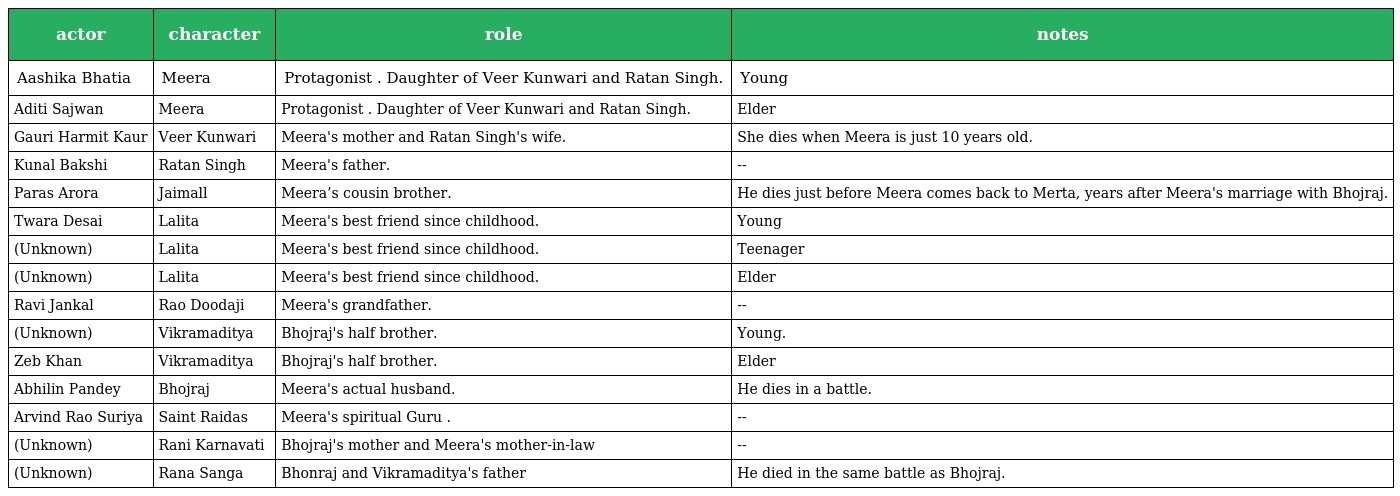
| actor | character | role | notes |
 | --- | --- | --- | --- |
 | Aashika Bhatia | Meera | Protagonist . Daughter of Veer Kunwari and Ratan Singh. | Young |
 | Aditi Sajwan | Meera | Protagonist . Daughter of Veer Kunwari and Ratan Singh. | Elder |
 | Gauri Harmit Kaur | Veer Kunwari | Meera's mother and Ratan Singh's wife. | She dies when Meera is just 10 years old. |
 | Kunal Bakshi | Ratan Singh | Meera's father. | -- |
 | Paras Arora | Jaimall | Meera’s cousin brother. | He dies just before Meera comes back to Merta, years after Meera's marriage with Bhojraj. |
 | Twara Desai | Lalita | Meera's best friend since childhood. | Young |
 | (Unknown) | Lalita | Meera's best friend since childhood. | Teenager |
 | (Unknown) | Lalita | Meera's best friend since childhood. | Elder |
 | Ravi Jankal | Rao Doodaji | Meera's grandfather. | -- |
 | (Unknown) | Vikramaditya | Bhojraj's half brother. | Young. |
 | Zeb Khan | Vikramaditya | Bhojraj's half brother. | Elder |
 | Abhilin Pandey | Bhojraj | Meera's actual husband. | He dies in a battle. |
 | Arvind Rao Suriya | Saint Raidas | Meera's spiritual Guru . | -- |
 | (Unknown) | Rani Karnavati | Bhojraj's mother and Meera's mother-in-law | -- |
 | (Unknown) | Rana Sanga | Bhonraj and Vikramaditya's father | He died in the same battle as Bhojraj. |